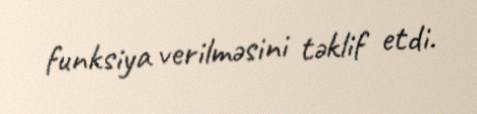
funksiya verilməsini təklif etdi.